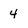
Character: 4